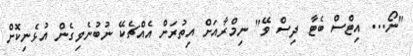
"ނޯ... އިޓްސް ބެޓާ ދިސް ވޭ" ނިމްރާއަށް އިތުރަށް އެއްޗެކޭ ނުބުނެވިގެން އުޅެނިކޮށް